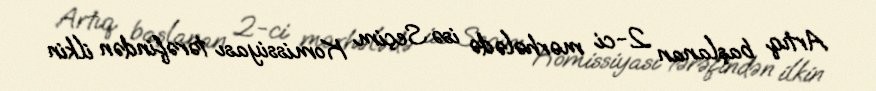
Artıq başlanan 2-ci mərhələdə isə Seçim Komissiyası tərəfindən ilkin